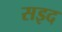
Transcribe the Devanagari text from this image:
सइद